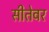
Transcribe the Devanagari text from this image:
सीतेवर